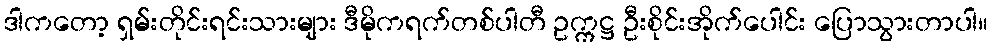
ဒါကတော့ ရှမ်းတိုင်းရင်းသားများ ဒီမိုကရက်တစ်ပါတီ ဥက္ကဋ္ဌ ဦးစိုင်းအိုက်ပေါင်း ပြောသွားတာပါ။